Bréfritari: Jón Eldon Erlendsson
Dagsetning: A-1889-08-15
Skrifað á: Vesturheimi

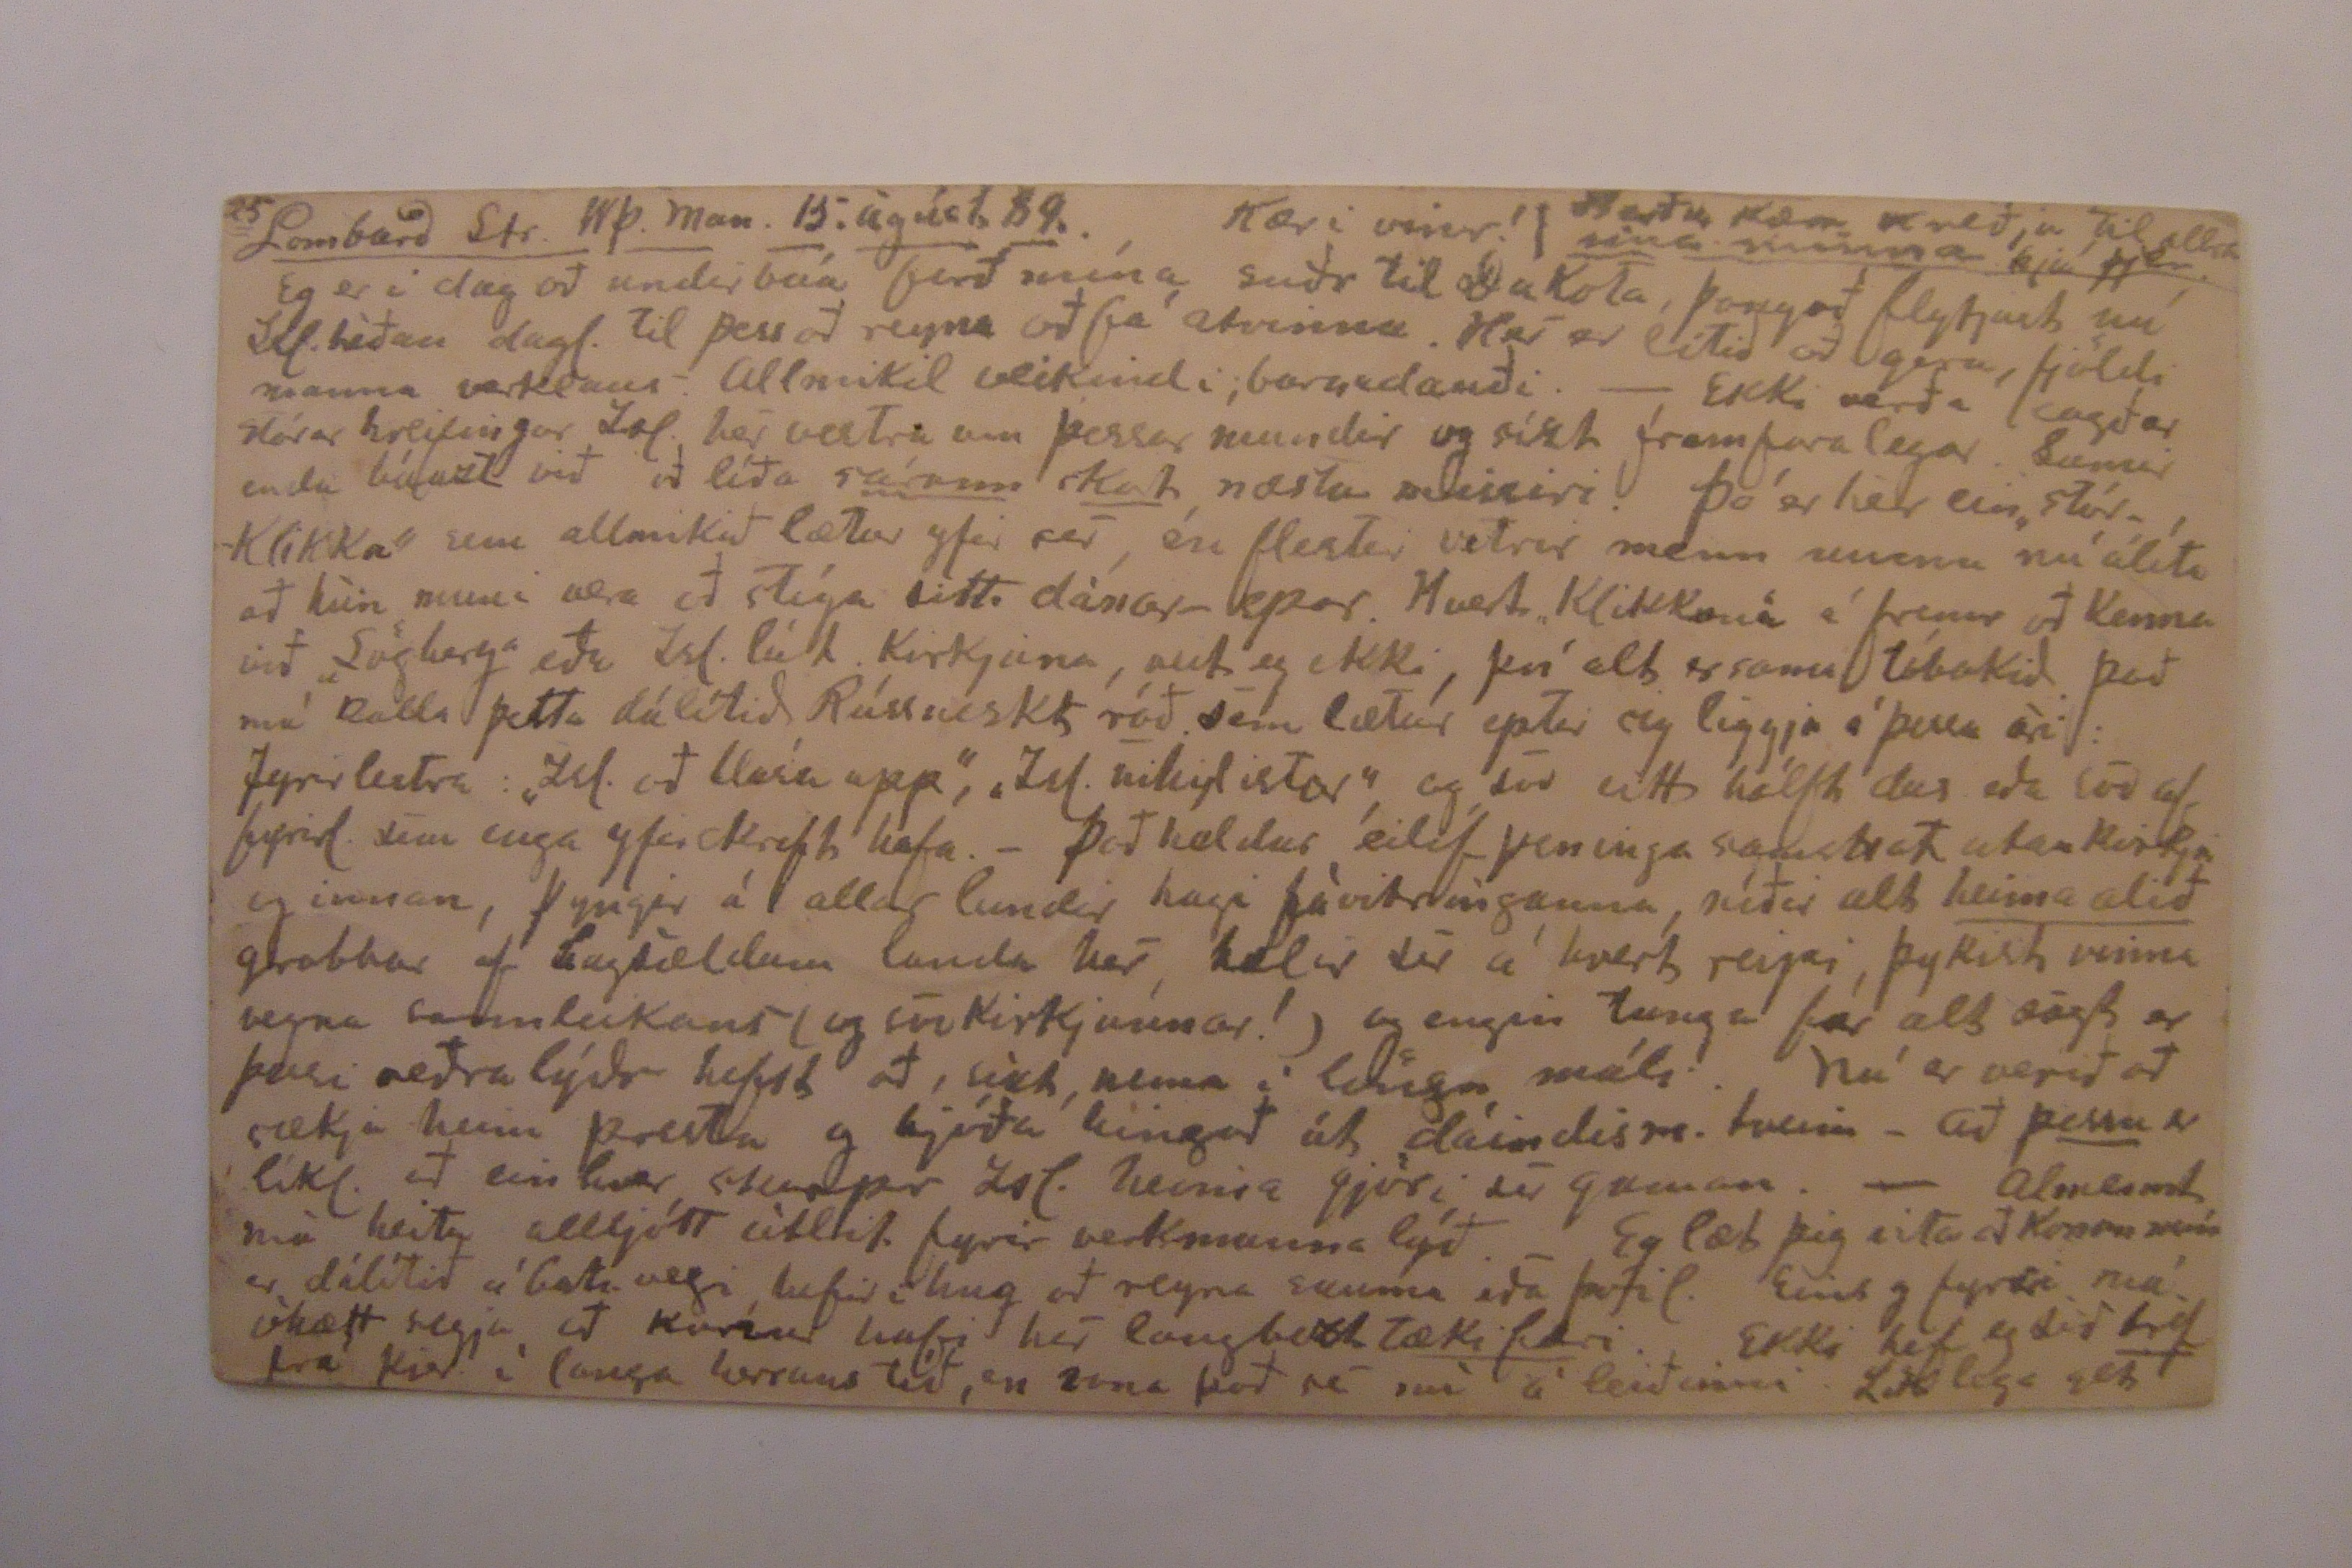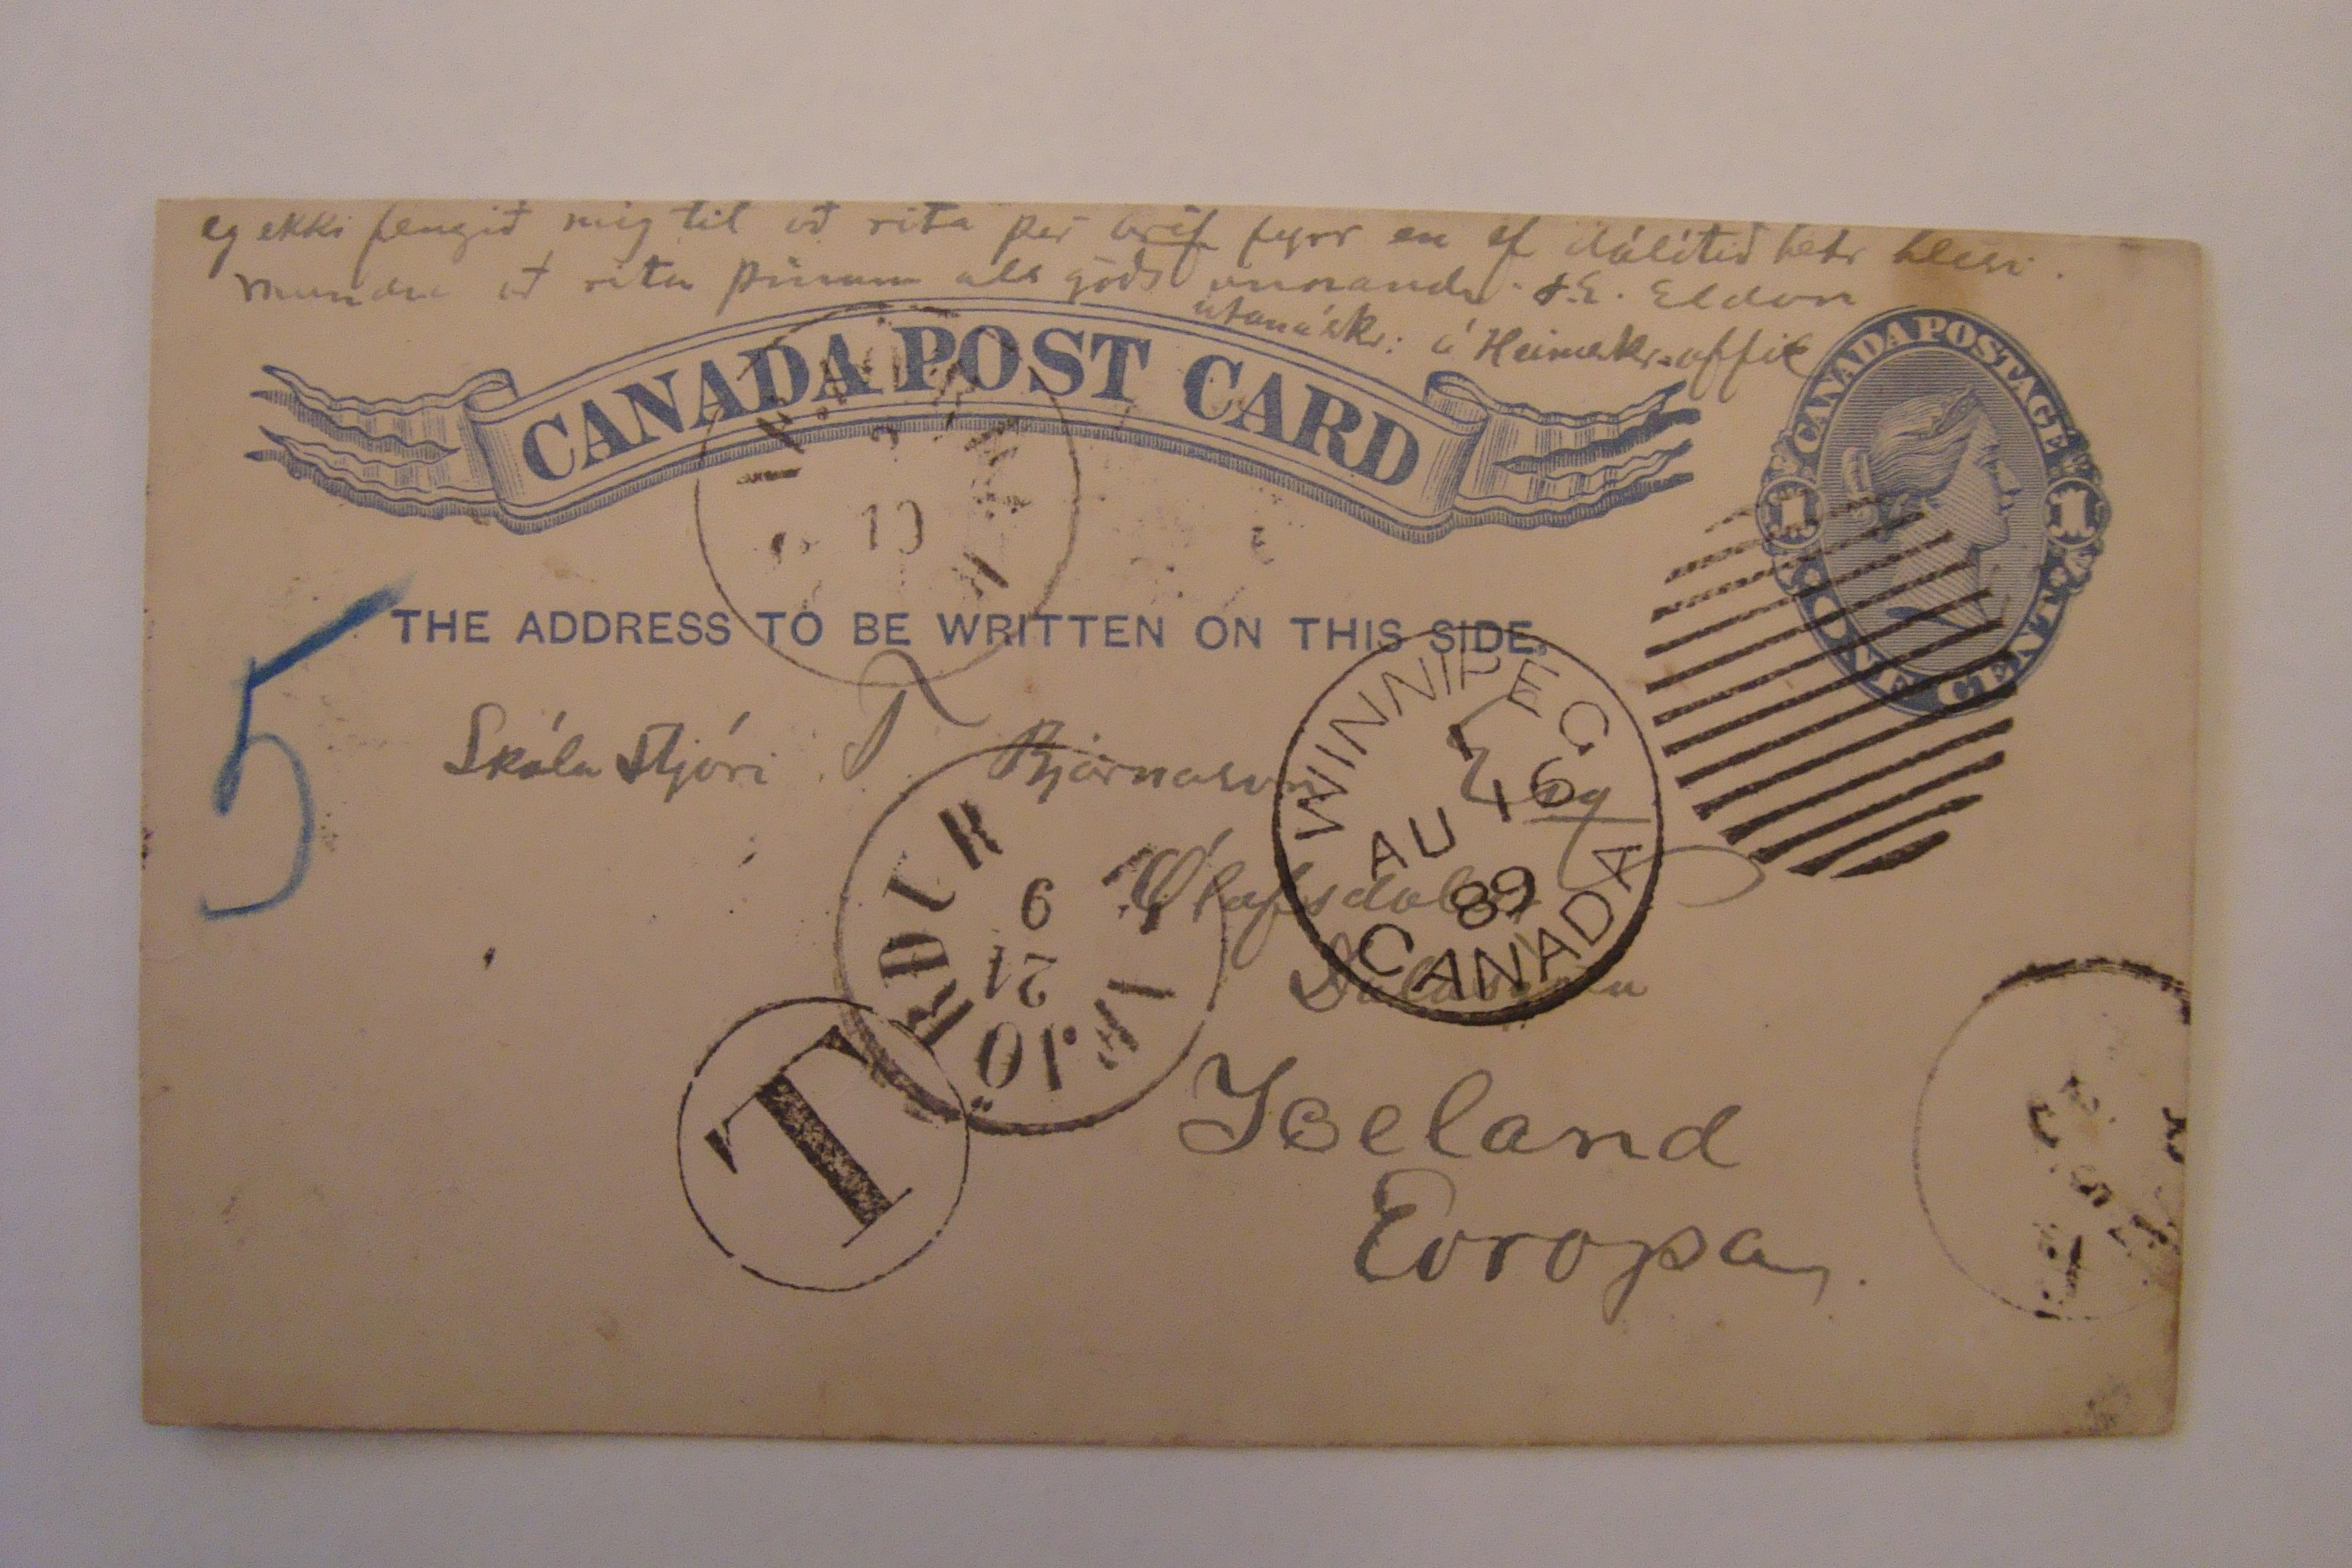

25
Lombard Str. Wp. Man. 15. ágúst 89.
Kæri vinr!
Berðu kæra kveðju til allra vina minna hjá þjer
Eg er í dag að undirbúa ferð mína suðr til Dakota, þangað flytjast nú Ísl. héðan dagl. til þess að reyna að fá atvinnu. Hér er lítið að gera, fjöldi manna verklaus. Allmikil veikindi, barnadauði. - Ekki verða sagðar stórar hreifingar Ísl. hér vestra um þessar mundir og sízt framfaralegar. Sumir enda búazt við að líða
sárum skorti
næstu missiri. Þó er hér ein
„stórklikka"
sem allmikið lætur yfir sér, en flestir vitrir menn munu nú álíta að hún muni vera að stíga sitt dánar-spor. Hvert
„Klikkan"
á fremr að kenna við „Lögberg" eða Isl. lút. kirkjuna, veit eg ekki, því alt er sama tóbakið. Það má kalla þetta dálítið Rússneskt
ráð
sem lætur eptir sig liggja á þessu ári: fyrirlestra: „Isl. að blása upp", „Isl. nyhilistar", og svo eitt hálft
dus.
eða svo af fyrirl. sem enga yfirskrift hafa. - Það heldur eilíf peninga samskot utan kirkju og innan, þyngir á allar lundir hagi fávitringanna, níðir alt
heimaalið
grobbar af hagsældum landa hér, hælir sér á hvert reipi, þykist vinna vegna sannleikans (og svo kirkjunnar!) og engin tunga fær alt sagt er þessi neðra lýðr hefst að, sízt nema í löngu máli. Nú er verið að sækja heim presta og bjóða hingað út dáindism.
heim
- að
þessu
er líkl. að einhver
skarpr
Isl. heima gjöri sér gaman. - Almennt má heita alljótt útlit fyrir verkmanna lýð. - Eg læt þig vita að konan mín er dálítið á batavegi, hefir í hug að reyna sauma eða þvíl. Eins og fyrstir má óhætt segja að konur hafi hér langbezt
tækifæri
. Ekki hef eg séð
bréf
fra þier í langa herrans tíð, en vona það sé nú á leiðinni. Líklega get
eg ekki fengið mig til að rita þér
bréf
fyrr en ef dálítið betr blesi. Mundu að rita þínum als góðs unnandi J.E. Eldon
Utanáskr: í Heimskr.offic
Skólastjóri T. Bjarnason Ólafsdal
Dalasýslu
Iceland Evropa